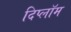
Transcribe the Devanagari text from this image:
दिप्लॉम